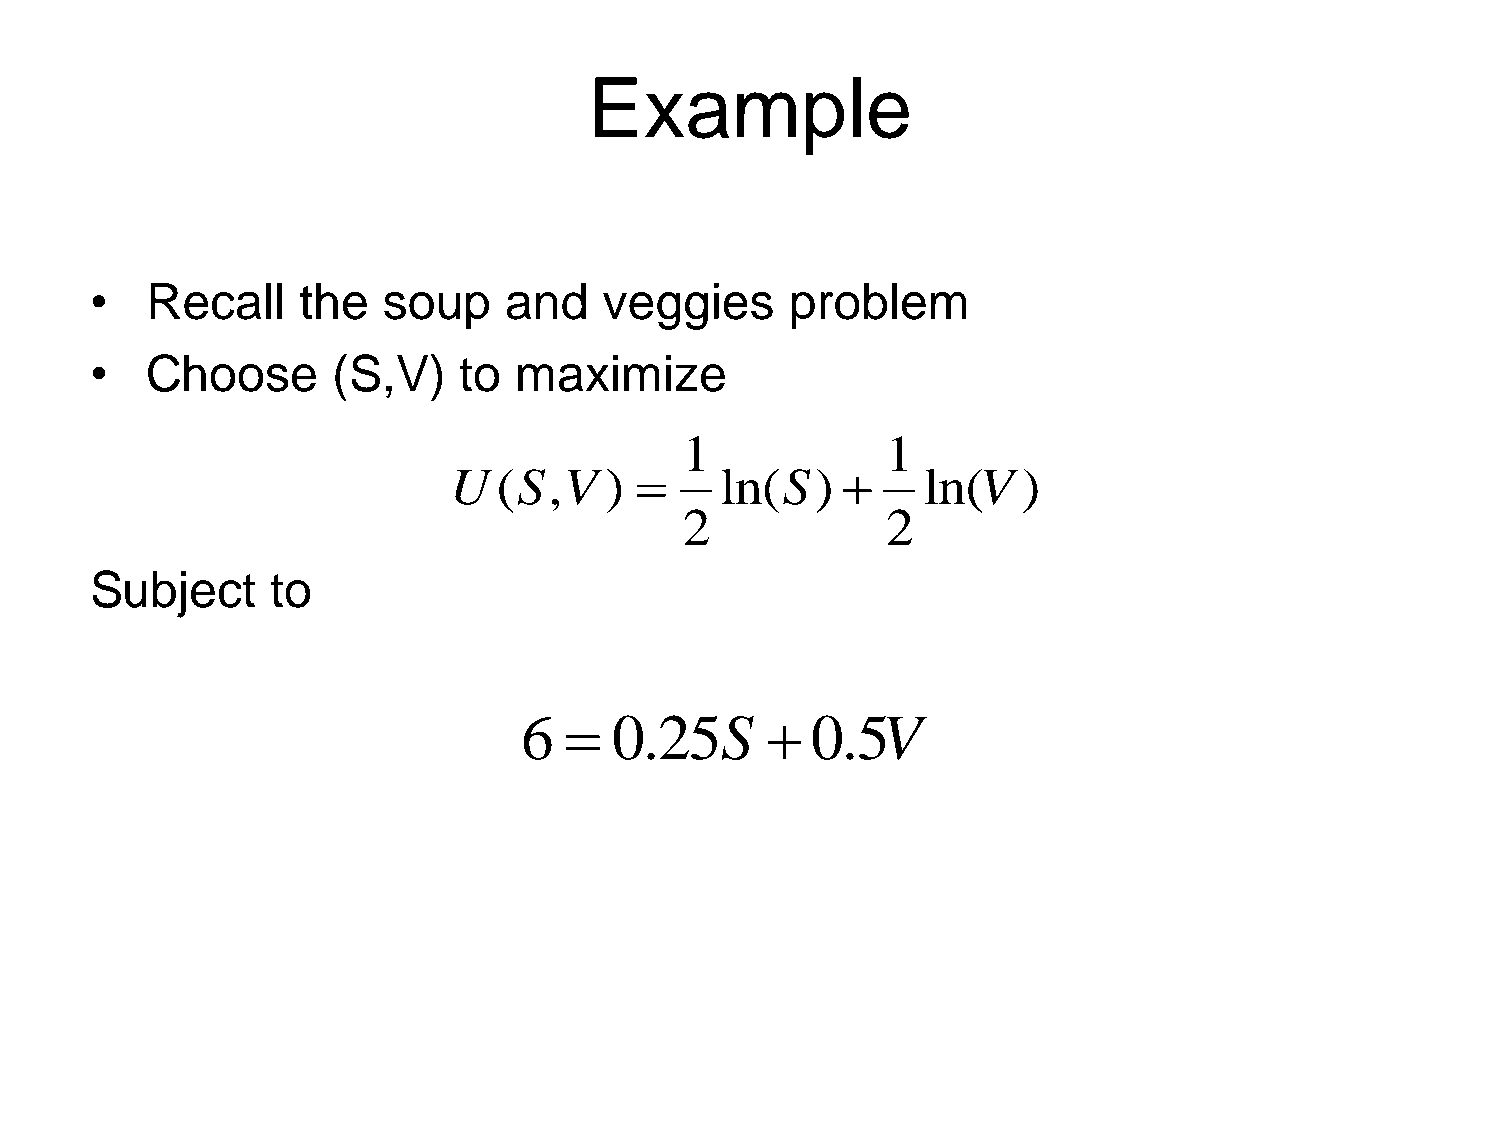
Example
 •   Recall    the  soup    and    veggies     problem
 •   Choose      (S,V)   to  maximize
 1             1
 U  (S,V   )      ln(S)       ln(V   )
 2             2
 Subject     to
 6     0.25S       0.5V